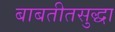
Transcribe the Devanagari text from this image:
बाबतीतसुद्धा